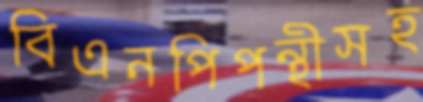
বিএনপিপন্থীসহ